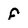
Character: F